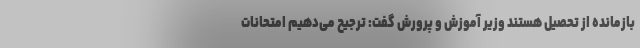
بازمانده از تحصیل هستند وزیر آموزش و پرورش گفت: ترجیح می‌دهیم امتحانات